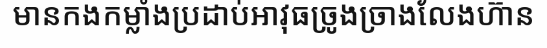
មានកងកម្លាំងប្រដាប់អាវុធច្រូងច្រាងលែងហ៊ាន